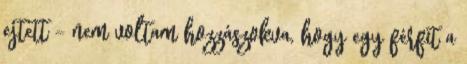
ejtett – nem voltam hozzászokva, hogy egy férfit a